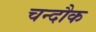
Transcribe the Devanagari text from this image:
चन्दौक